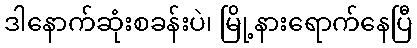
ဒါနောက်ဆုံးစခန်းပဲ၊ မြို့နားရောက်နေပြီ